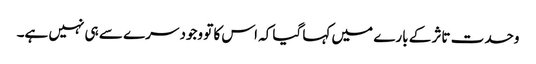
وحدت تاثر کے بارے میں کہا گیا کہ اس کا تو وجود سرے سے ہی نہیں ہے۔